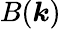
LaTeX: B(\boldsymbol{k})